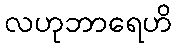
လဟုဘာရေဟိ